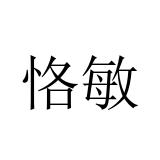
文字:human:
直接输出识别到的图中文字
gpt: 恪敏